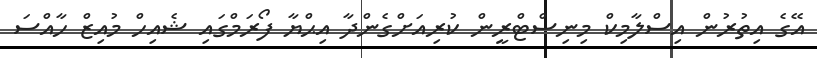
އޭގެ އިތުރުން އިސްލާމިކް މިނިސްޓްރީން ކުރިއަށްގެންދާ އިޙްޔާ ފޯރަމްގައި ޝެއިހް މުއިޒް ހާއްސަ